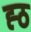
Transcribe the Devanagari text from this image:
ह्ठ